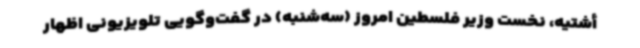
أشتیه، نخست وزیر فلسطین امروز (سه‌شنبه) در گفت‌وگویی تلویزیونی اظهار